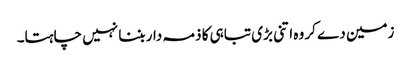
زمین دے کر وہ اتنی بڑی تباہی کا ذمہ دار بننا نہیں چاہتا۔